Annual report of the Bengal Veterinary College and of the Civil Veterinary Department, Bengal, for the year 1913-1914 - 1913-1914
Year: 1913
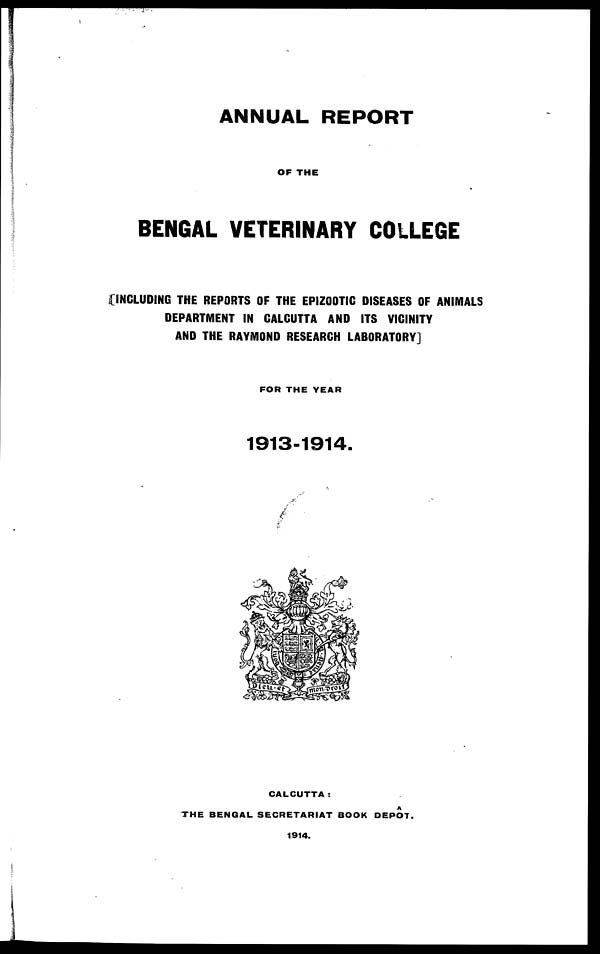
ANNUAL REPORT
OF THE
BENGAL VETERINARY COLLEGE
[INCLUDING THE REPORTS OF THE EPIZOOTIC DISEASES OF ANIMALS
DEPARTMENT IN CALCUTTA AND ITS VICINITY
AND THE RAYMOND RESEARCH LABORATORY]
FOR THE YEAR
1913-1914.
CALCUTTA:
THE BENGAL SECRETARIAT BOOK DEPOT.
1914.